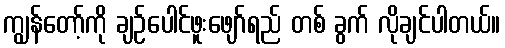
ကျွန်တော့်ကို ချဉ်ပေါင်ဖူးဖျော်ရည် တစ် ခွက် လိုချင်ပါတယ်။